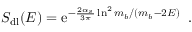
S _ { \mathrm { d l } } ( E ) = \mathrm { e } ^ { - \frac { 2 \alpha _ { s } } { 3 \pi } \ln ^ { 2 } { m _ { b } / ( m _ { b } - 2 E ) } } \; \; .